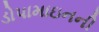
ડોપામાઇનની